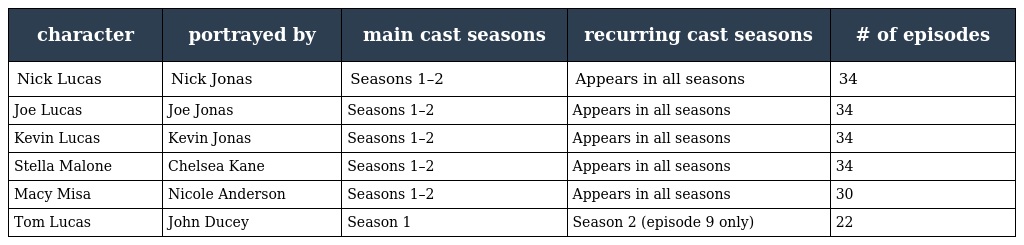
| character | portrayed by | main cast seasons | recurring cast seasons | # of episodes |
 | --- | --- | --- | --- | --- |
 | Nick Lucas | Nick Jonas | Seasons 1–2 | Appears in all seasons | 34 |
 | Joe Lucas | Joe Jonas | Seasons 1–2 | Appears in all seasons | 34 |
 | Kevin Lucas | Kevin Jonas | Seasons 1–2 | Appears in all seasons | 34 |
 | Stella Malone | Chelsea Kane | Seasons 1–2 | Appears in all seasons | 34 |
 | Macy Misa | Nicole Anderson | Seasons 1–2 | Appears in all seasons | 30 |
 | Tom Lucas | John Ducey | Season 1 | Season 2 (episode 9 only) | 22 |